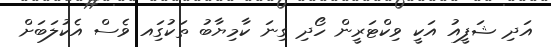
އަދި ޝަފީއު އަކީ ވިކްޓަރީން ހޯދި ގިނަ ކާމިޔާބު ތަކުގަިއ ވެސް އެކުލަބަށް